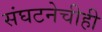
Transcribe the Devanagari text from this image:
संघटनेचीही